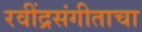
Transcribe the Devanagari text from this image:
रवींद्रसंगीताचा